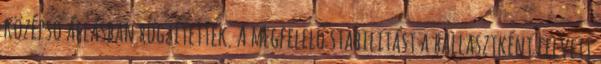
középső állásban rögzítették. A megfelelő stabilitást a ballasztként felvett